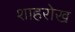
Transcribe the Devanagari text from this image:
शाहरोख